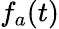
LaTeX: f_{a}(t)